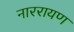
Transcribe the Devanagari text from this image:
नाररायण